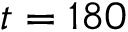
t = 1 8 0